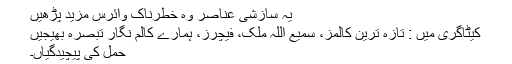
یہ سازشی عناصر وہ خطرناک وائرس مزید پڑھیں
کیٹاگری میں : تازہ ترین کالمز، سمیع اللہ ملک، فیچرز، ہمارے کالم نگار تبصرہ بھیجیں
حمل کی پیچیدگیاں۔